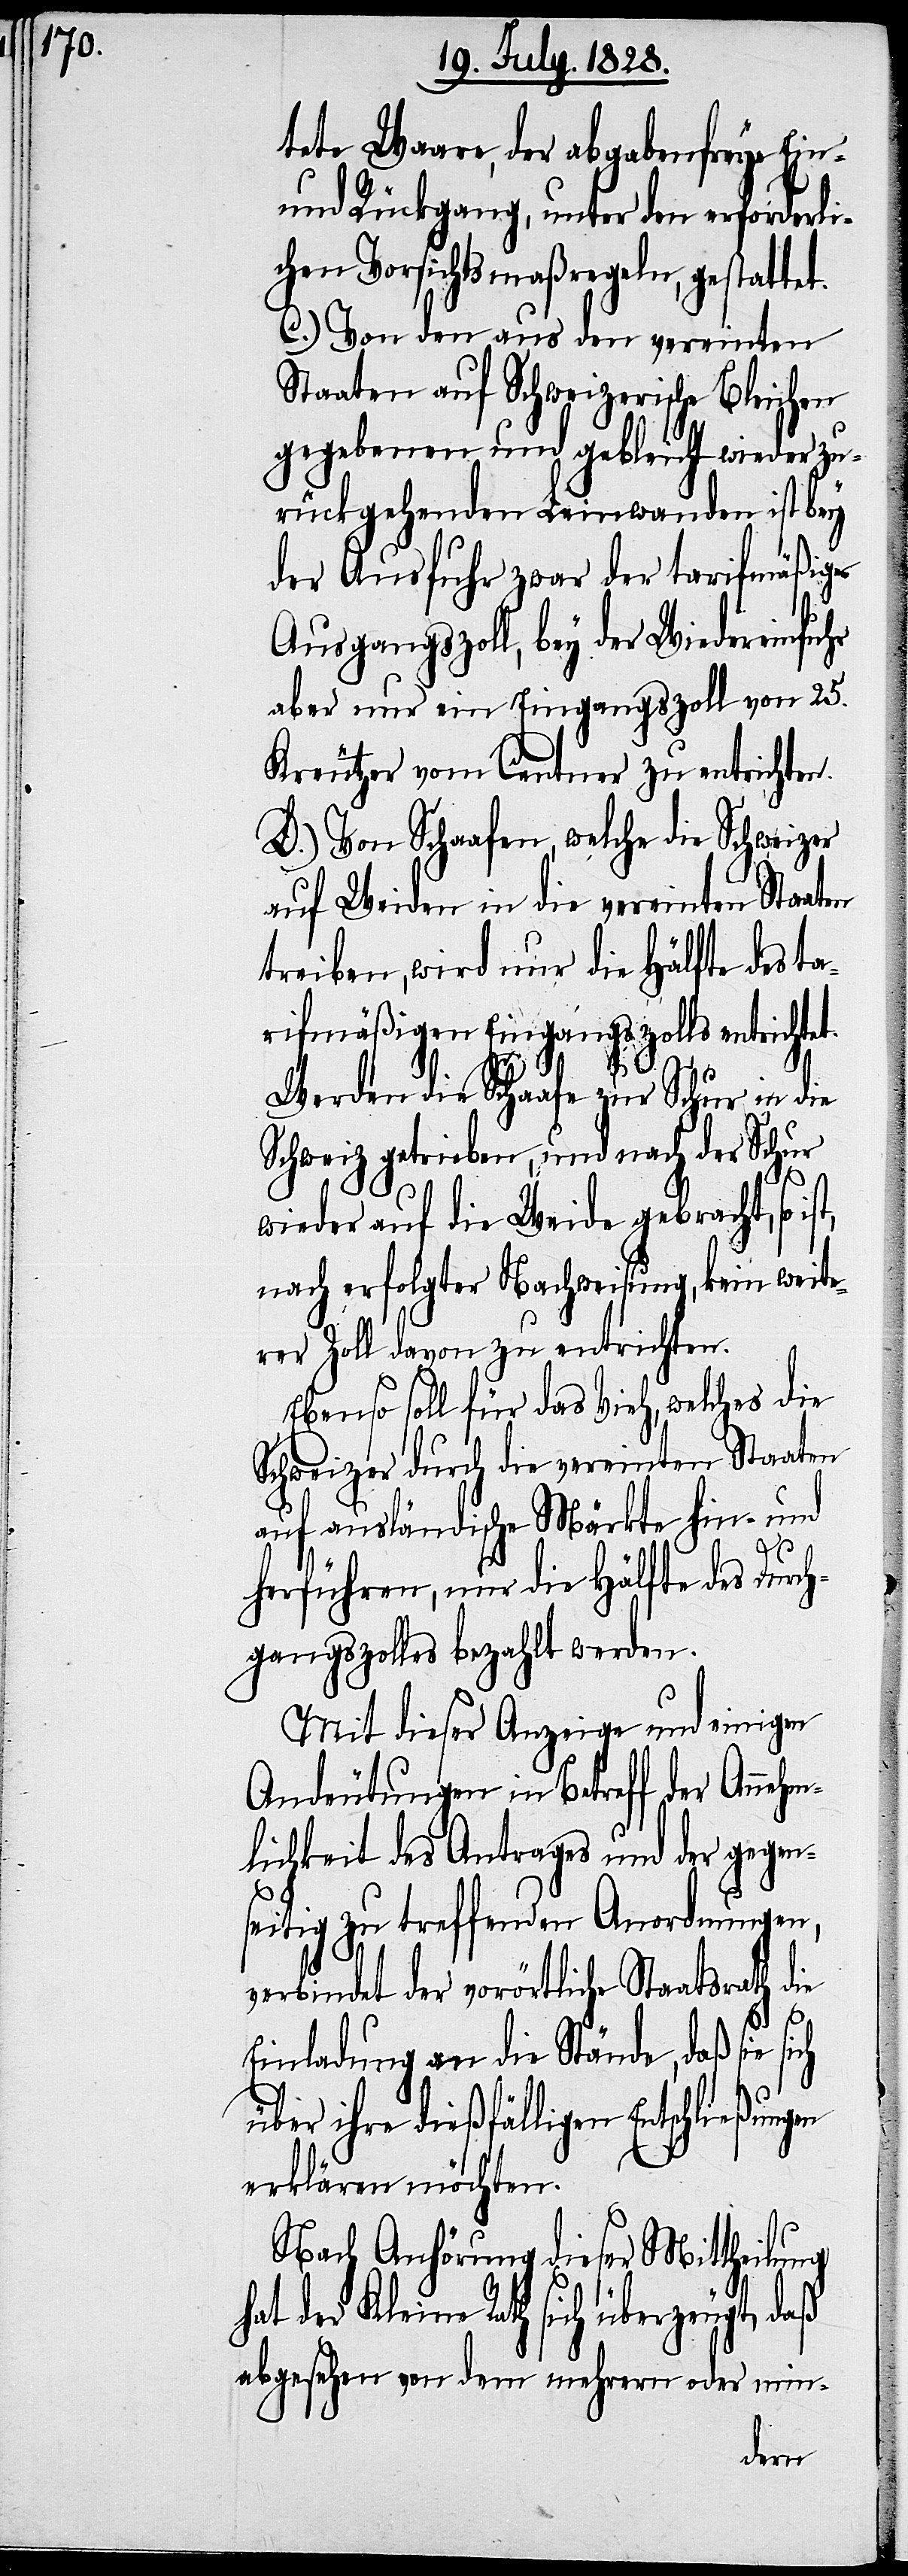
tete Waare, der abgabefreye Ein-
und Rückgang, unter den erforderli¬
chen Vorsichtsmaßregeln, gestatte¬
C.) Von den aus den vereinten
Staaten auf Schweizerische Bleichen
gegebenen und gebleicht wieder zu¬
rückgehenden Leinwanden ist bey
der Ausfuhr zwar der tarifmäßige
Ausgangszoll, bey der Wiedereinfuhr
aber nur ein Eingangszoll von 25.
Kreutzer vom Centner zu entrichten.
D.) Von Schaafen, welche die Schweizer
auf Weiden in die vereinten Staaten
treiben, wird nur die Hälfte des ta¬
rifmäßigen Eingangszolls entricht¬
Werden die Schaafe zur Schur in die
Schweiz getrieben, und nach der Schur
et.
wieder auf die Weide gebracht, so
nach erfolgter Nachweisung, kein weite¬
rer Zoll davon zu entrichten.
Ebenso soll für das Vieh, welches die
Schweizer durch die vereinten Staaten
auf ausländische Märkte hin- und
herführen, nur die Hälfte des Durch¬
gangszolles bezahlt werden.
Mit dieser Anzeige und einigen
Andeutungen in Betreff der Annehm¬
lichkeit des Antrages und der gegen¬
seitig zu treffenden Anordnungen,
verbindet der vorörtliche Staatsrath die
Einladung an die Stände, daß sie
über ihre dießfälligen Entschließun¬
erklären möchten.
Nach Anhörung dieser Mittheilung
der Kleine Rath sich überzeugt, daß
abgesehen von dem mehrern oder min-
gen